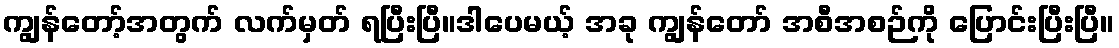
ကျွန်တော့်အတွက် လက်မှတ် ရပြီးပြီ။ဒါပေမယ့် အခု ကျွန်တော် အစီအစဉ်ကို ပြောင်းပြီးပြီ။